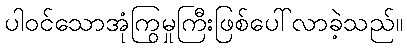
ပါဝင်သောအုံကြွမှုကြီးဖြစ်ပေါ်လာခဲ့သည်။